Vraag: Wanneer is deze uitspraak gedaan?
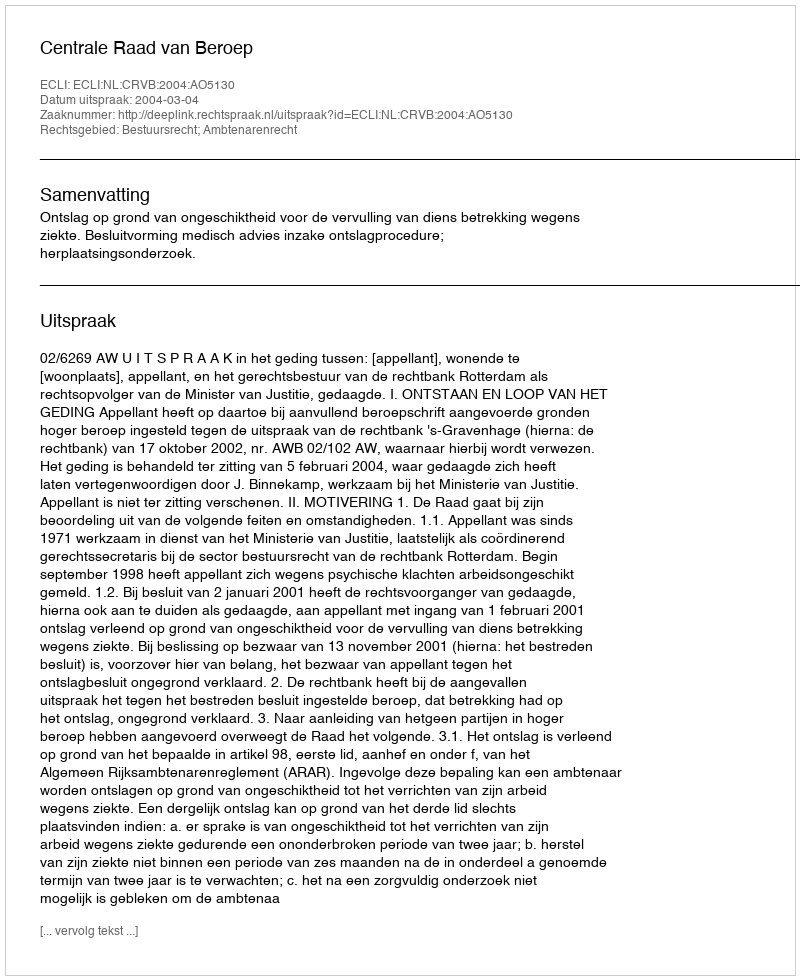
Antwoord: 2004-03-04